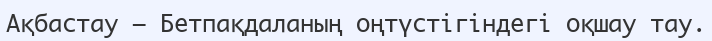
Ақбастау – Бетпақдаланың оңтүстігіндегі оқшау тау.